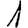
Digit: 1